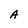
Character: A